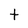
Character: t